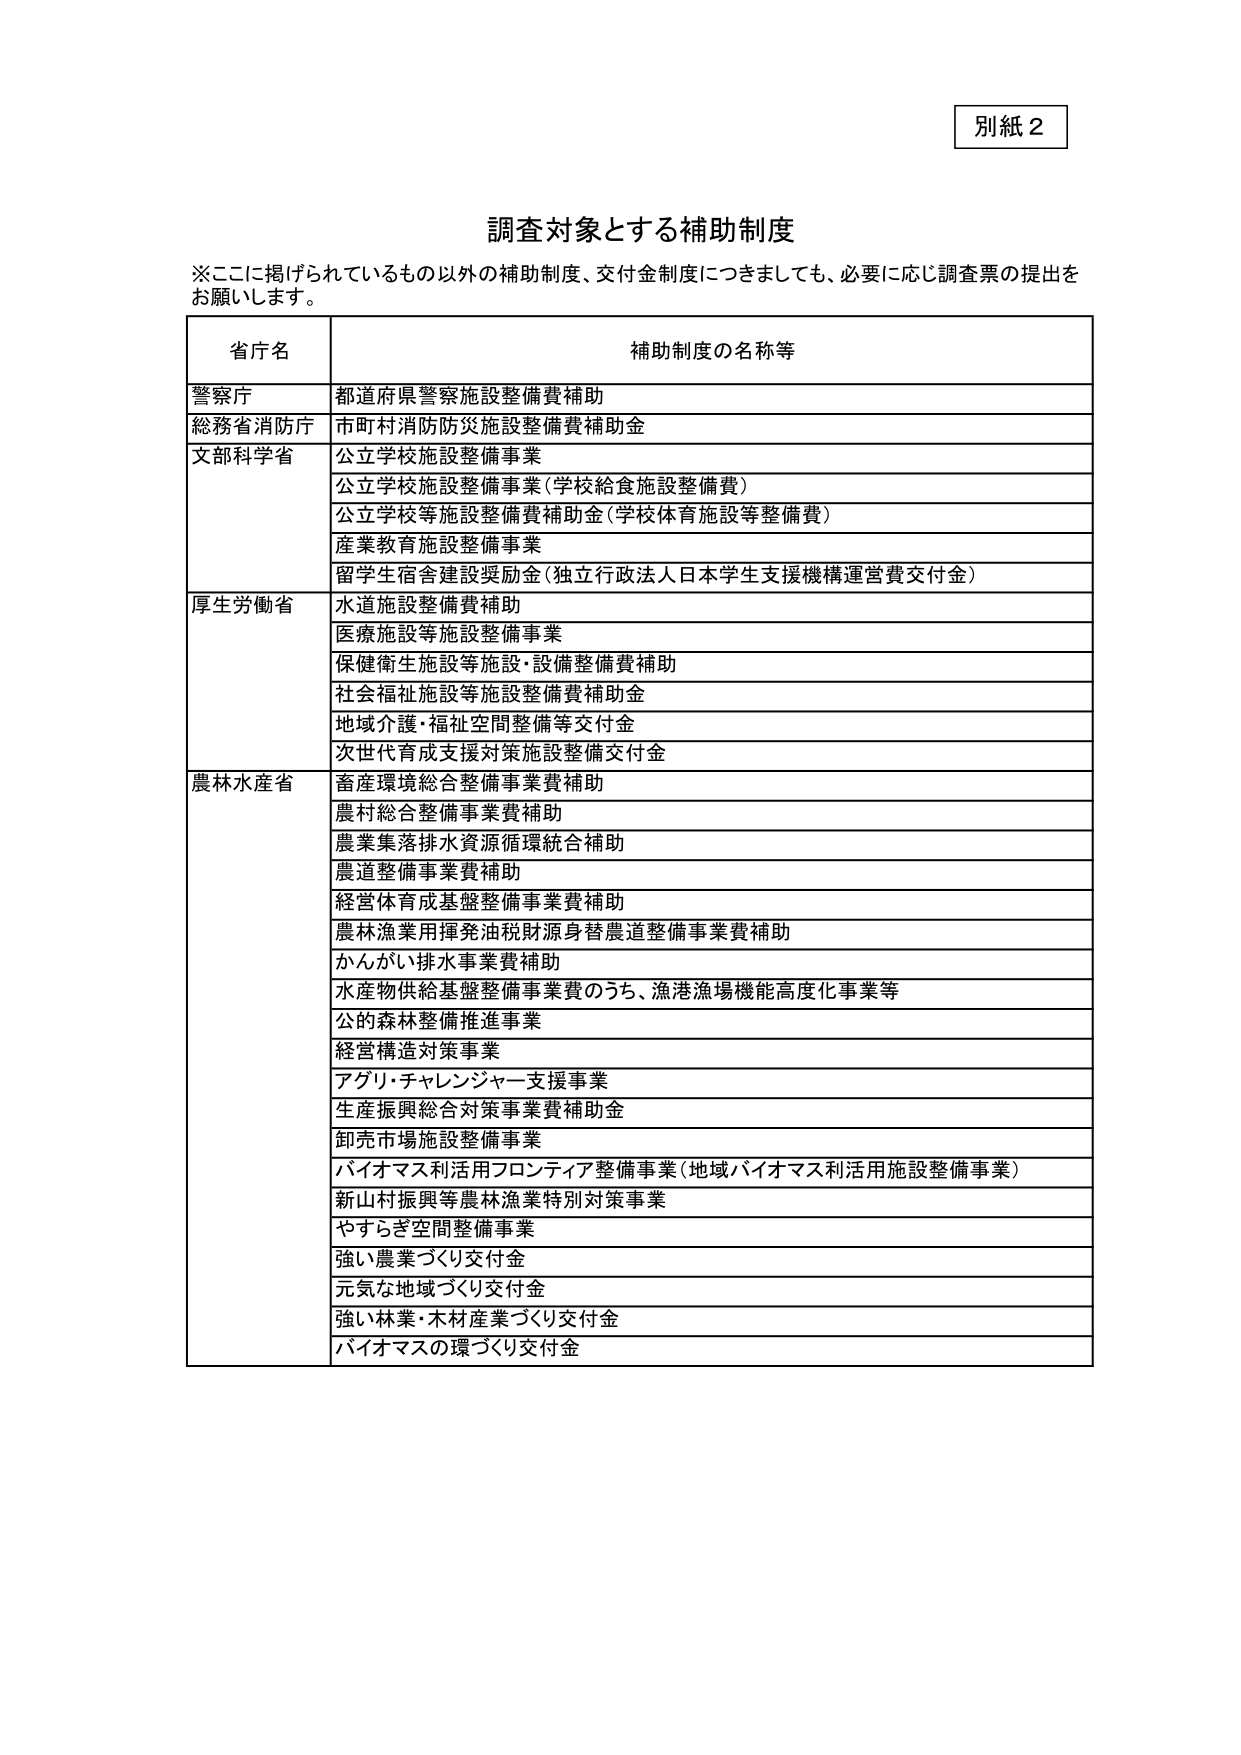
別紙２

調査対象とする補助制度

※ここに掲げられているもの以外の補助制度、交付金制度につきましても、必要に応じ調査票の提出をお願いします。

省庁名　　　　　　　　　　　　　　　　　　　　　　　　　　　　　　　補助制度の名称等

警察庁　　　　　　　　　　　　　　　　　　　　　　　　　　　　　　都道府県警察施設整備費補助

総務省消防庁　　　　　　　　　　　　　　　　　　　　　　　　　　市町村消防防災施設整備費補助金

文部科学省　　　　　　　　　　　　　　　　　　　　　　　　　　　公立学校施設整備事業

　　　　　　　　　　　　　　　　　　　　　　　　　　　　　　　　公立学校施設整備事業（学校給食施設整備費）

　　　　　　　　　　　　　　　　　　　　　　　　　　　　　　　　公立学校等施設整備費補助金（学校体育施設等整備費）

　　　　　　　　　　　　　　　　　　　　　　　　　　　　　　　　産業教育施設整備事業

　　　　　　　　　　　　　　　　　　　　　　　　　　　　　　　　留学生宿舎建設奨励金（独立行政法人日本学生支援機構運営費交付金）

厚生労働省　　　　　　　　　　　　　　　　　　　　　　　　　　　水道施設整備費補助

　　　　　　　　　　　　　　　　　　　　　　　　　　　　　　　　医療施設等施設整備事業

　　　　　　　　　　　　　　　　　　　　　　　　　　　　　　　　保健衛生施設等施設・設備整備費補助

　　　　　　　　　　　　　　　　　　　　　　　　　　　　　　　　社会福祉施設等施設整備費補助金

　　　　　　　　　　　　　　　　　　　　　　　　　　　　　　　　地域介護・福祉空間整備等交付金

　　　　　　　　　　　　　　　　　　　　　　　　　　　　　　　　次世代育成支援対策施設整備交付金

農林水産省　　　　　　　　　　　　　　　　　　　　　　　　　　　畜産環境総合整備事業費補助

　　　　　　　　　　　　　　　　　　　　　　　　　　　　　　　　農村総合整備事業費補助

　　　　　　　　　　　　　　　　　　　　　　　　　　　　　　　　農業集落排水資源循環統合補助

　　　　　　　　　　　　　　　　　　　　　　　　　　　　　　　　農道整備事業費補助

　　　　　　　　　　　　　　　　　　　　　　　　　　　　　　　　経営体育成基盤整備事業費補助

　　　　　　　　　　　　　　　　　　　　　　　　　　　　　　　　農林漁業用揮発油税財源身替農道整備事業費補助

　　　　　　　　　　　　　　　　　　　　　　　　　　　　　　　　かんがい排水事業費補助

　　　　　　　　　　　　　　　　　　　　　　　　　　　　　　　　水産物供給基盤整備事業費のうち、漁港漁場機能高度化事業等

　　　　　　　　　　　　　　　　　　　　　　　　　　　　　　　　公的森林整備推進事業

　　　　　　　　　　　　　　　　　　　　　　　　　　　　　　　　経営構造対策事業

　　　　　　　　　　　　　　　　　　　　　　　　　　　　　　　　アグリ・チャレンジャー支援事業

　　　　　　　　　　　　　　　　　　　　　　　　　　　　　　　　生産振興総合対策事業費補助金

　　　　　　　　　　　　　　　　　　　　　　　　　　　　　　　　卸売市場施設整備事業

　　　　　　　　　　　　　　　　　　　　　　　　　　　　　　　　バイオマス利活用フロンティア整備事業（地域バイオマス利活用施設整備事業）

　　　　　　　　　　　　　　　　　　　　　　　　　　　　　　　　新山村振興等農林漁業特別対策事業

　　　　　　　　　　　　　　　　　　　　　　　　　　　　　　　　やすらぎ空間整備事業

　　　　　　　　　　　　　　　　　　　　　　　　　　　　　　　　強い農業づくり交付金

　　　　　　　　　　　　　　　　　　　　　　　　　　　　　　　　元気な地域づくり交付金

　　　　　　　　　　　　　　　　　　　　　　　　　　　　　　　　強い林業・木材産業づくり交付金

　　　　　　　　　　　　　　　　　　　　　　　　　　　　　　　　バイオマスの環づくり交付金